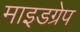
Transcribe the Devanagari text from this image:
माइडग्रेप